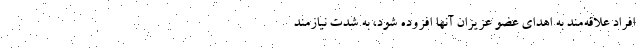
افراد علاقه‌مند به اهدای عضو عزیزان آنها افزوده شود، به شدت نیازمند